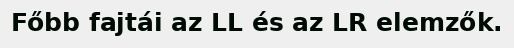
Főbb fajtái az LL és az LR elemzők.